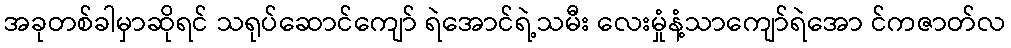
အခုတစ်ခါမှာဆိုရင် သရုပ်ဆောင်ကျော် ရဲအောင်ရဲ့သမီး လေးမှုံနံ့သာကျော်ရဲအော င်ကဇာတ်လ